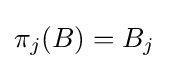
\pi _{j}(B)=B_{j}